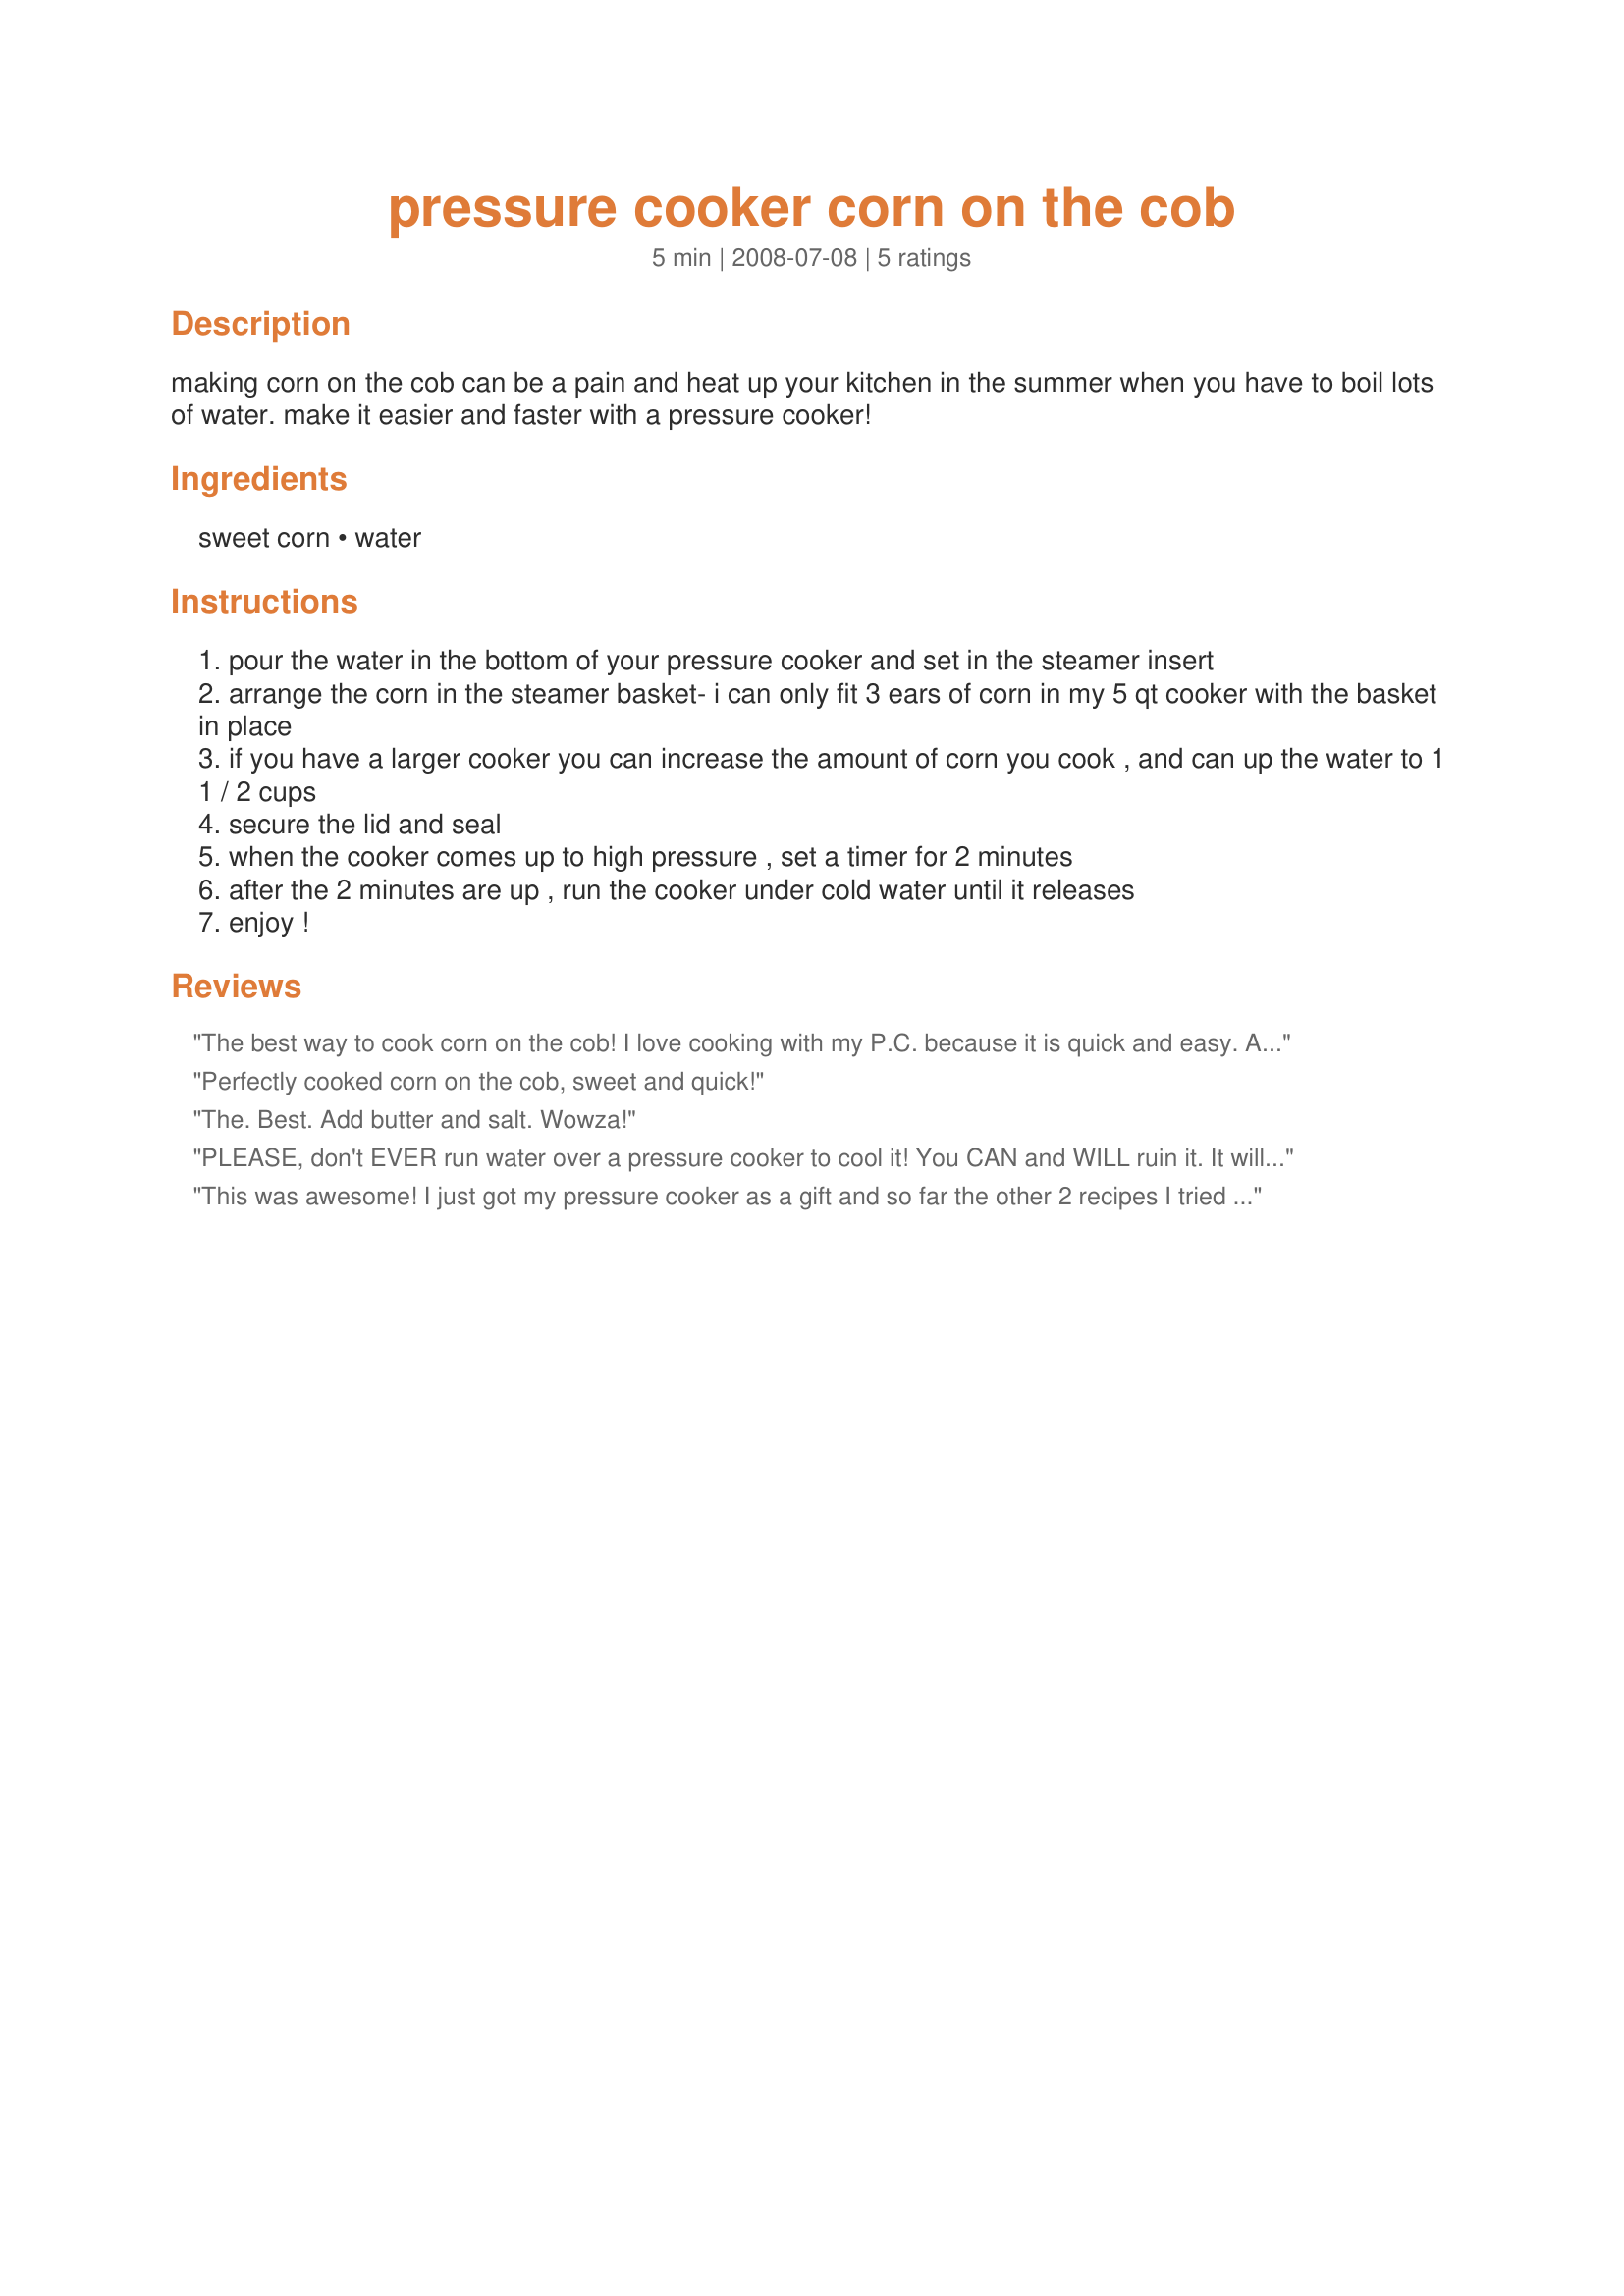
pressure cooker corn on the cob
Preparation time: 5 minutes

making corn on the cob can be a pain and heat up your kitchen in the summer when you have to boil lots of water. make it easier and faster with a pressure cooker!

Ingredients:
sweet corn, water

Steps:
pour the water in the bottom of your pressure cooker and set in the steamer insert
arrange the corn in the steamer basket- i can only fit 3 ears of corn in my 5 qt cooker with the basket in place
if you have a larger cooker you can increase the amount of corn you cook , and can up the water to 1 1 / 2 cups
secure the lid and seal
when the cooker comes up to high pressure , set a timer for 2 minutes
after the 2 minutes are up , run the cooker under cold water until it releases
enjoy !

Reviews:
The best way to cook corn on the cob! I love cooking with my P.C. because it is quick and easy. Also the flavor of food is much better than traditional cooking methods. I refer to Lorna Sass and Suzanne Gibbs for recipe expertise and to understand how I can modify my favorites from other methods. One thing to typically watch for is that you do not overcook, especially meats, although braising, etc. is THE BEST with a PC. From stock, broth, soup, stews etc. everything can be home-made quickly to enhance tastiness in a remarkably short time. If you only have one cooking tool--hands down for durability, results and efficiency without even a kitchen, I would recommend you get an induction cook top and a PC. With well crafted recipes, you&#039;ll eat like a chef every day.
Perfectly cooked corn on the cob, sweet and quick!
The. Best. Add butter and salt. Wowza!
PLEASE, don't EVER run water over a pressure cooker to cool it! You CAN and WILL ruin it. It will cause it to warp.
This was awesome! I just got my pressure cooker as a gift and so far the other 2 recipes I tried were unsuccessful. I am so glad to have found at least one good recipe! I would have never thought to put corn on the cob in a pressure cooker without your recipe. Mine is an electric model so I cooked the corn at 80 kpa for 3 minutes and used the rapid release method to depressurize. Hubby said this was the most delicious corn ever and he wants it again already! Thanks!
